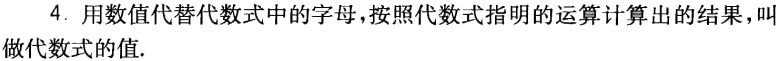
4. 用数值代替代数式中的字母，按照代数式指明的运算计算出的结果，叫做代数式的值.